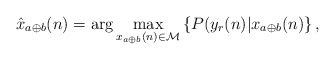
\begin{align*}\hat x_{a \oplus b}(n) = {\rm arg} \max_{x_{a \oplus b}(n) \in \mathcal{M} } \left\{ P(y_r(n)|x_{a\oplus b}(n) \right\},\end{align*}